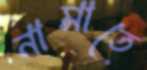
নামাতে